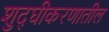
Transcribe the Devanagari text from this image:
शुद्घीकरणातील